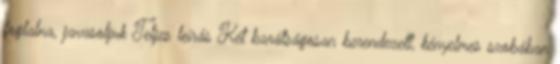
foglalna, javasoljuk Teljes leírás Két barátságosan berendezett, kényelmes szobában